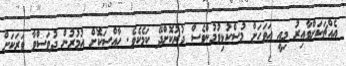
އެއްޗަކަށްވާއިރު މިއީ އަވަހަށް މުސްކުޅިވުމުންވެސް ދުރުކޮށްދޭ ކަމެކެވެ. ހާއްސަކޮށް އުމުރުން ދުވަސްވާ ވަރަކަށް